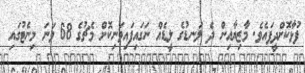
ފުޅާކޮށްދީފައެވެ. މާޒިޔާއިން ދެ ލަނޑުގެ ލީޑެއް ނަގައިފައިވަނިކޮށް މެޗުގެ 68 ވަނަ މިނެޓުގައި